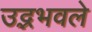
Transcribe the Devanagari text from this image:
उद्भभवले